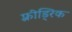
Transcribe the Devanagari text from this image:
फ़्रीड्रिक